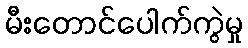
မီးတောင်ပေါက်ကွဲမှု